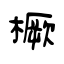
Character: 橛